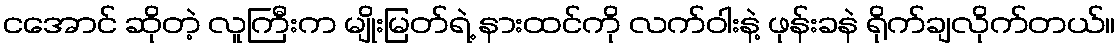
ငအောင် ဆိုတဲ့ လူကြီးက မျိုးမြတ်ရဲ့ နားထင်ကို လက်ဝါးနဲ့ ဖုန်းခနဲ ရိုက်ချလိုက်တယ်။